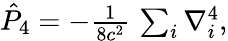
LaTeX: \begin{array}{r}{\hat{P}_{4}=-\frac{1}{8c^{2}}\, \sum_{i}\nabla_{i}^{4},}\end{array}